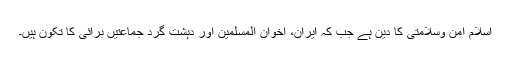
اسلام امن وسلامتى کا دین ہے جب کہ ایران، اخوان المسلمین اور دہشت گرد جماعتیں برائى کا تکون ہیں۔